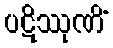
ပဋိဿုဏိံ